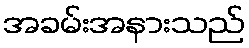
အခမ်းအနားသည်